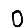
Digit: 0